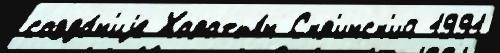
созда́н'иjе Харатья́н Скр'инск'ий 1991